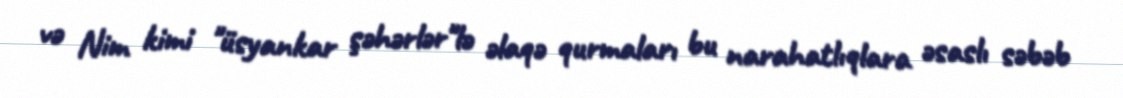
və Nim kimi "üsyankar şəhərlər"lə əlaqə qurmaları bu narahatlıqlara əsaslı səbəb